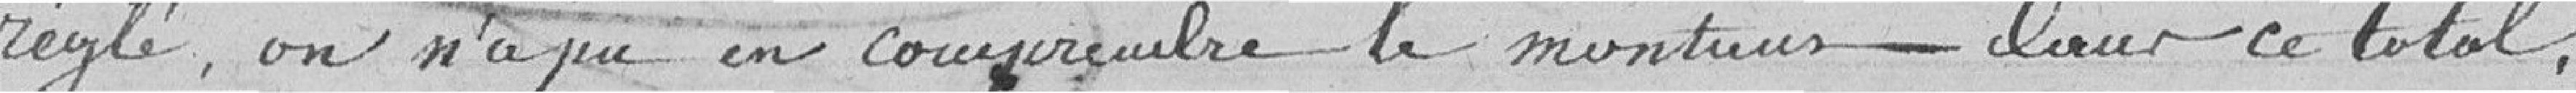
réglé; on n'a pu en comprendre le montant dans ce total,